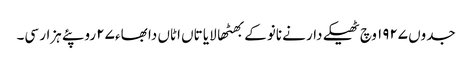
جدوں ١٩٢٧ وچ ٹھیکے دار نے نانوکے بھٹھا لایا تاں اٹاں دا بھاء ٢٧ روپئے ہزار سی۔